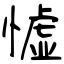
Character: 憈